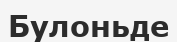
Булоньде